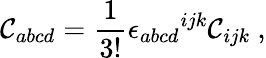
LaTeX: \mathcal{C}_{abcd}=\frac{{1}}{{3!}}{\epsilon_{abcd}}^{ijk}\mathcal{C}_{ijk}~,